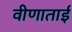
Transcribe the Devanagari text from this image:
वीणाताई